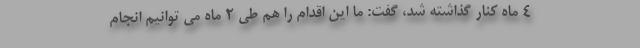
4 ماه کنار گذاشته شد، گفت: ما این اقدام را هم طی 2 ماه می توانیم انجام